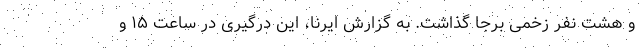
و هشت نفر زخمی برجا گذاشت. به گزارش ایرنا، این درگیری در ساعت ۱۵ و